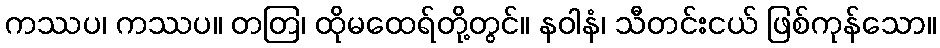
ကဿပ၊ ကဿပ။ တတြ၊ ထိုမထေရ်တို့တွင်။ နဝါနံ၊ သီတင်းငယ် ဖြစ်ကုန်သော။